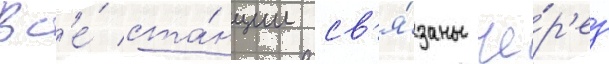
Вс'е́ ста́нции св'я́заны че́р'ез